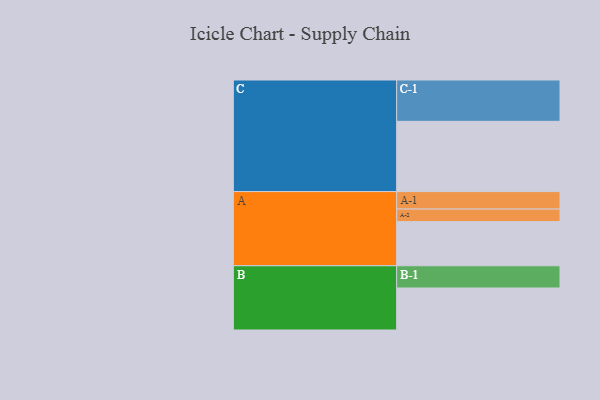
{"axis": {"x": "Segment", "y": "Value"}, "legend": ["", "A", "B", "C"], "data": [{"x": "A", "y": 316, "type": ""}, {"x": "B", "y": 301, "type": ""}, {"x": "C", "y": 503, "type": ""}, {"x": "A-1", "y": 125, "type": "A"}, {"x": "A-2", "y": 90, "type": "A"}, {"x": "B-1", "y": 159, "type": "B"}, {"x": "C-1", "y": 296, "type": "C"}]}